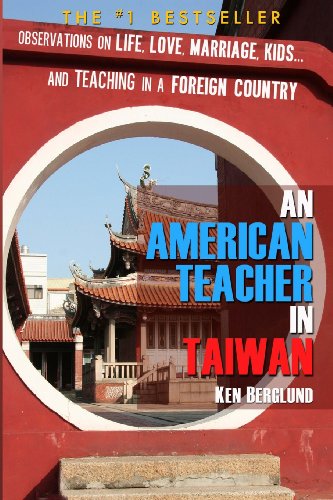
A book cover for An American Teacher in Taiwan; Ken Berglund; Travel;